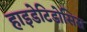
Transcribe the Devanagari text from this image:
हाइडेटिडोसिस